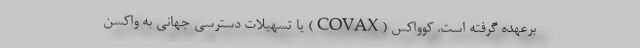
برعهده گرفته است. کوواکس (COVAX) یا تسهیلات دسترسی جهانی به واکسن